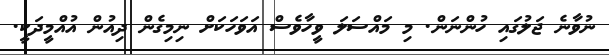
ނުވާނެ ޖަލުގައި ހުންނަން. މި މައްސަލަ ވީހާވެސް އަވަހަކަށް ނިމިގެން ދިއުން އުއްމީދަކީ.